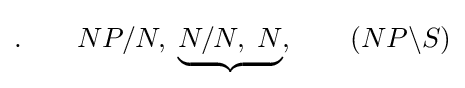
.\qquad NP/N,\;\underbrace {N/N,\;N} ,\qquad (NP\backslash S)